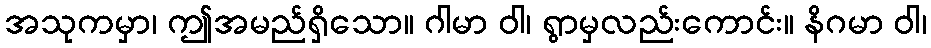
အသုကမှာ၊ ဤအမည်ရှိသော။ ဂါမာ ဝါ၊ ရွာမှလည်းကောင်း။ နိဂမာ ဝါ၊